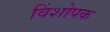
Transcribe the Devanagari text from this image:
विंशोपक